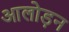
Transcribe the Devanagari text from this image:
आलोड़न